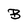
Character: B